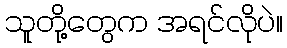
သူတို့တွေက အရင်လိုပဲ။